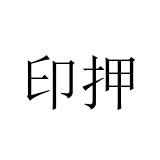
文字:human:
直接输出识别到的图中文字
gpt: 印押